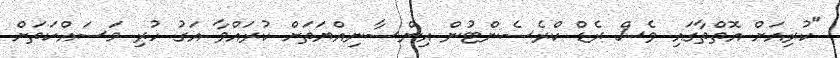
"ކުރިއަށް އޮތްތާގައި ވެސް ރެޑް ކްރެސެންޓުން އިންސާނިއްޔަތަށް ކުރައްވާ އަގު ހުރި މަސައްކަތަށް